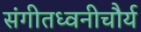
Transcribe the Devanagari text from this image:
संगीतध्वनीचौर्य